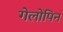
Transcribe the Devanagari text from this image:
गेलोपिन